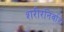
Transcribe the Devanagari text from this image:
शरीरनिर्वाह